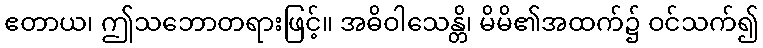
ဧတာယ၊ ဤသဘောတရားဖြင့်။ အဓိဝါသေန္တိ၊ မိမိ၏အထက်၌ ဝင်သက်၍